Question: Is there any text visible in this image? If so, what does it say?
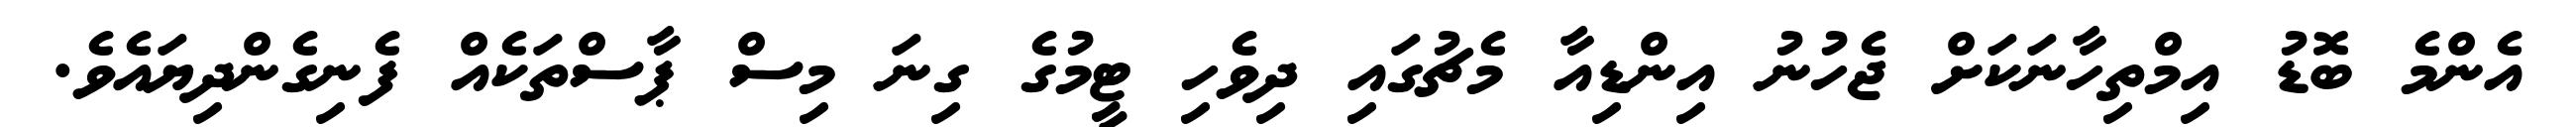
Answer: އެންމެ ބޮޑު އިމްތިހާނަކަށް ޖެހުނު އިންޑިއާ މެޗުގައި ދިވެހި ޓީމުގެ ގިނަ މިސް ޕާސްތަކެއް ފެނިގެންދިޔައެވެ.